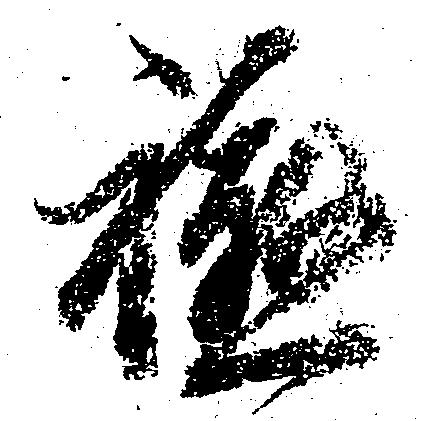
軈